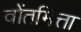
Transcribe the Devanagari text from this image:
वोंतमित्ता